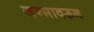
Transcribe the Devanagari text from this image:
जन्मावरून